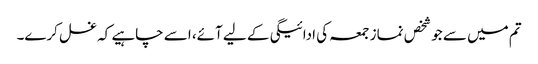
تم میں سے جو شخص نماز جمعہ کی ادائیگی کے لیے آئے، اسے چاہیے کہ غسل کرے۔